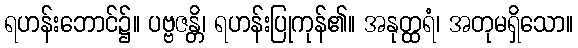
ရဟန်းဘောင်၌။ ပဗ္ဗဇန္တိ၊ ရဟန်းပြုကုန်၏။ အနုတ္ထရံ၊ အတုမရှိသော။